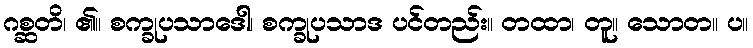
ဂစ္ဆတိ၊ ၏။ စက္ခုပသာဒေါ၊ စက္ခုပသာဒ ပင်တည်း။ တထာ၊ တူ။ သောတ။ ပ။